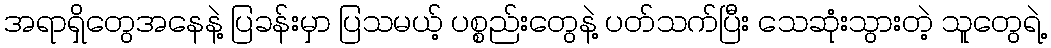
အရာရှိတွေအနေနဲ့ ပြခန်းမှာ ပြသမယ့် ပစ္စည်းတွေနဲ့ ပတ်သက်ပြီး သေဆုံးသွားတဲ့ သူတွေရဲ့